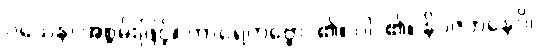
ဝသေန၊ အစွမ်းဖြင့်။ ကာရေတဗ္ဗော၊ ၏။ ဝါ၊ ၏။ နိပဇဘနေပိ၊